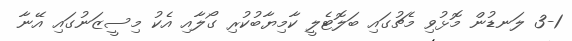
3-1 ލަނޑުން މޮޅުވި މެޗުގައި ބަލޮޓެލީ ކާމިޔާބުކުރި ގޯލާއި އެކު މިސީޒަނުގައި އޭނާ